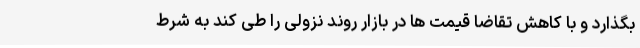
بگذارد و با کاهش تقاضا قیمت ها در بازار روند نزولی را طی کند به شرط